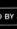
by